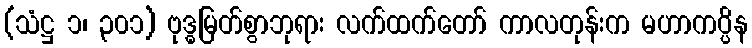
(သံဋ္ဌ ၁၊ ၃၀၁) ဗုဒ္ဓမြတ်စွာဘုရား လက်ထက်တော် ကာလတုန်းက မဟာကပ္ပိန